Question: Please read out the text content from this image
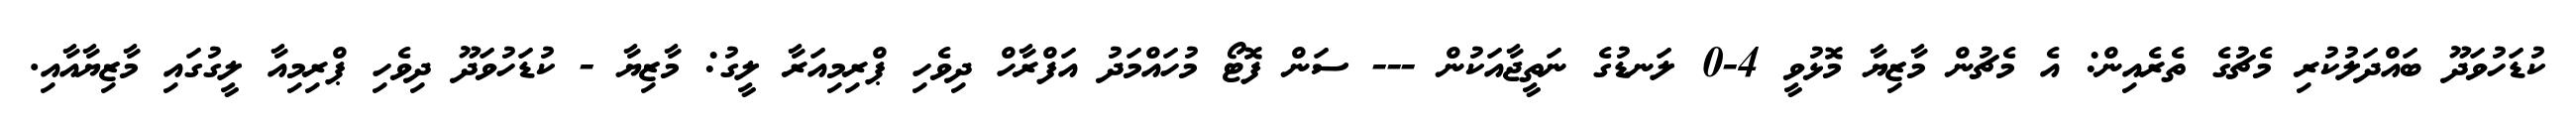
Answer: ކުޑަހުވަދޫ ބައްދަލުކުރި މެޗުގެ ތެރެއިން: އެ މެޗުން މާޒިޔާ މޮޅުވީ 4-0 ލަނޑުގެ ނަތީޖާއަކުން --- ސަން ފޮޓޯ މުހައްމަދު އަފްރާހް ދިވެހި ޕްރިމިއަރާ ލީގު: މާޒިޔާ - ކުޑަހުވަދޫ ދިވެހި ޕްރިމިއާ ލީގުގައި މާޒިޔާއާއި.